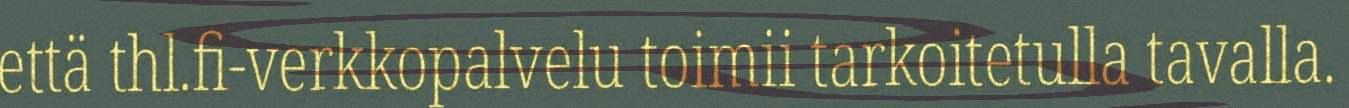
että thl.fi-verkkopalvelu toimii tarkoitetulla tavalla.